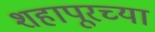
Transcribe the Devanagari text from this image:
शहापूरच्या